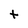
Character: t